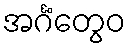
အင်္ဂံတွေဝ